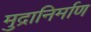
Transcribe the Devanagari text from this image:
मुद्रानिर्माण